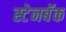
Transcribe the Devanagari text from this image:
स्टेनबॅक